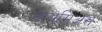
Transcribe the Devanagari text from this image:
टायमिअस